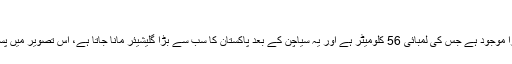
پسو کونز
وادی گوجال کا مشہور سیاحتی مقام ہے جہاں ایک گلیشیئر بٹورا موجود ہے جس کی لمبائی 56 کلومیٹر ہے اور یہ سیاچن کے بعد پاکستان کا سب سے بڑا گلیشیئر مانا جاتا ہے، اس تصویر میں پسوکونز کی جانب جانے والی قراقرم ہائی وے کو دکھایا گیا ہے۔